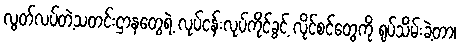
လွတ်လပ်တဲ့သတင်းဌာနတွေရဲ့ လုပ်ငန်းလုပ်ကိုင်ခွင့် လိုင်စင်တွေကို ရုပ်သိမ်းခဲ့တာ၊